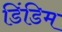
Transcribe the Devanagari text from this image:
डिंडिम